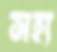
সহ্য